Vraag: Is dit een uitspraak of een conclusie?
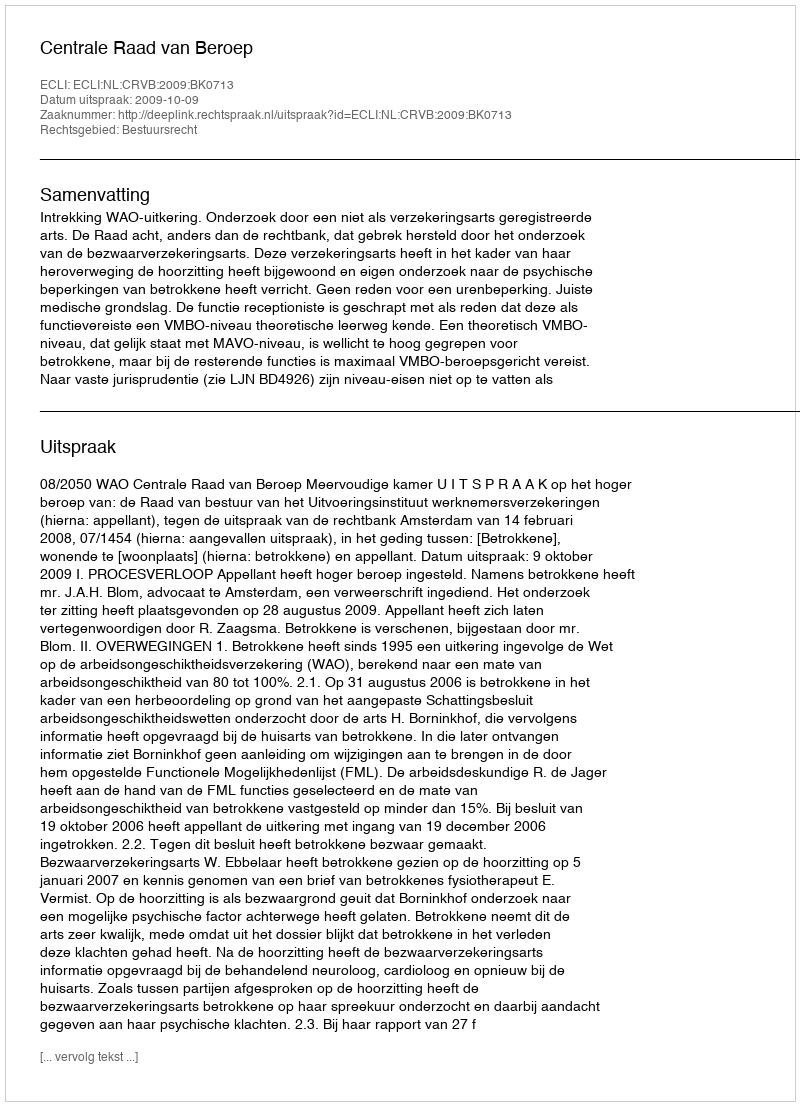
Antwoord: Uitspraak